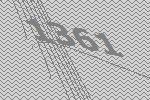
1361